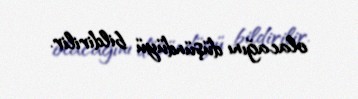
olacağını düşündüyü bildirilir.